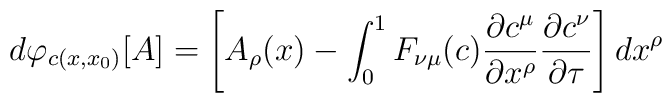
d \varphi_{c(x,x_{0})}[A] = \left [A_{\rho}(x) - \int_{0}^{1} F_{\nu \mu}(c)\frac{\partial c^{\mu}}{\partial x^{\rho}}\frac{\partial c^{\nu}}{\partial \tau} \right] dx^{\rho}